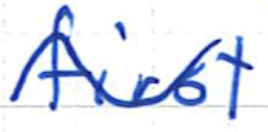
Text: first
Cross-out: wave
Writing tool: ballpoint